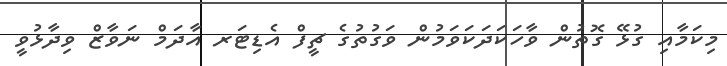
މިކަމާއި ގުޅޭ ގޮތުން ވާހަކަދަކަވަމުން ވަގުތުގެ ޗީފް އެޑިޓަރ އާދަމް ނަވާޒް ވިދާޅުވީ